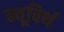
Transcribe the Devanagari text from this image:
न्यूविर्थ